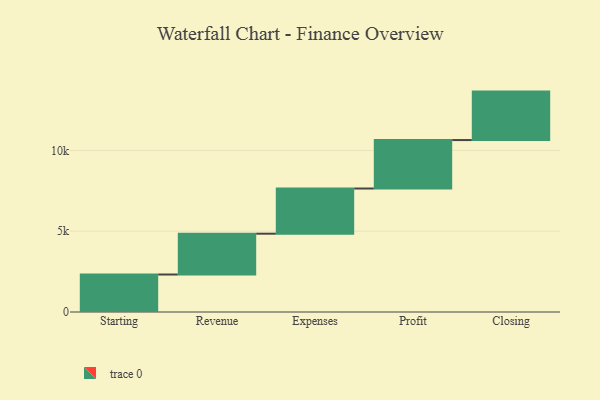
{"axis": {"x": "Step", "y": "Value"}, "legend": [""], "data": [{"x": "Starting", "y": 2321.0, "type": ""}, {"x": "Revenue", "y": 2526.0, "type": ""}, {"x": "Expenses", "y": 2797.0, "type": ""}, {"x": "Profit", "y": 3000, "type": ""}, {"x": "Closing", "y": 3000, "type": ""}]}